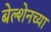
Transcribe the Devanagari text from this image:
बेल्शेनच्या